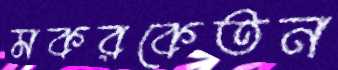
মকরকেতন